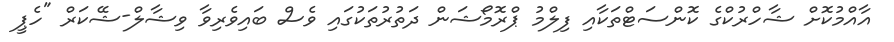
އާއްމުކޮށް ޝާހްރުކްގެ ކޮންސަޓްތަކާއި ފިލްމު ޕްރޮމޯޝަން ދަތުރުތަކުގައި ވެސް ބައިވެރިވާ ވިޝާލް-ޝޭކަރް "ހެޕީ